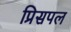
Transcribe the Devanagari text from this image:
प्रिसपल